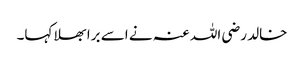
خالد رضی اللہ عنہ نے اسے برا بھلا کہا۔